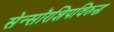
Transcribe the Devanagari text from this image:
सेन्सॉरशिपविरुद्ध